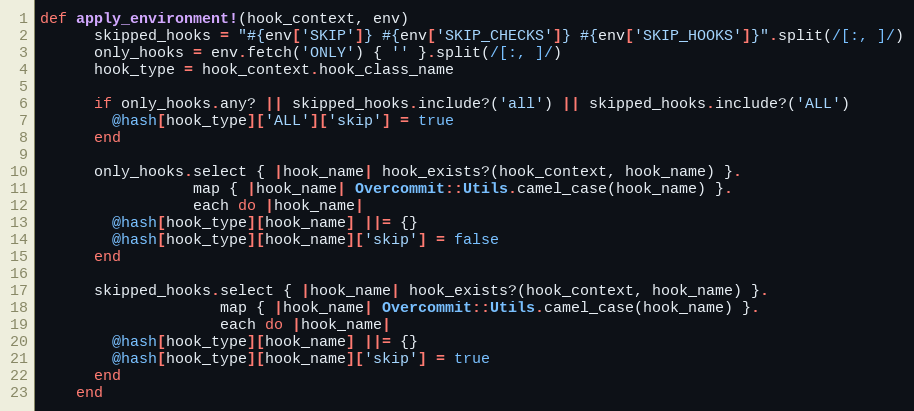
Language: Ruby
def apply_environment!(hook_context, env)
      skipped_hooks = "#{env['SKIP']} #{env['SKIP_CHECKS']} #{env['SKIP_HOOKS']}".split(/[:, ]/)
      only_hooks = env.fetch('ONLY') { '' }.split(/[:, ]/)
      hook_type = hook_context.hook_class_name

      if only_hooks.any? || skipped_hooks.include?('all') || skipped_hooks.include?('ALL')
        @hash[hook_type]['ALL']['skip'] = true
      end

      only_hooks.select { |hook_name| hook_exists?(hook_context, hook_name) }.
                 map { |hook_name| Overcommit::Utils.camel_case(hook_name) }.
                 each do |hook_name|
        @hash[hook_type][hook_name] ||= {}
        @hash[hook_type][hook_name]['skip'] = false
      end

      skipped_hooks.select { |hook_name| hook_exists?(hook_context, hook_name) }.
                    map { |hook_name| Overcommit::Utils.camel_case(hook_name) }.
                    each do |hook_name|
        @hash[hook_type][hook_name] ||= {}
        @hash[hook_type][hook_name]['skip'] = true
      end
    end